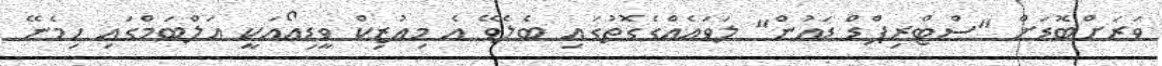
ވަރަށްބޮޑަށް "ސްޓްރިޕްޑް ޑައުން" ލަވަައެއްގެގޮތުގައި ބެލެވޭ އެ މިއުޒިކް ވީޑިއޯއަކީ އަލްބަމްގަައި ހިމެނޭ